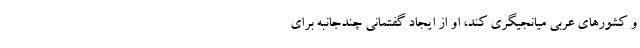
و کشورهای عربی میانجیگری کند،‌ او از ایجاد گفتمانی چندجانبه برای